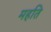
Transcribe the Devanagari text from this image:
महति